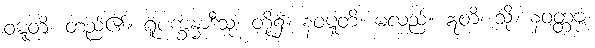
ဝဋ္ဋတိ၊ တည်၏။ ရူပက္ခန္ဓာဒီသု၊ တို့၌။ နဝဋ္ဋတိ၊ မလည်။ ဣတိ၊ သို့။ နဝတ္တဗ္ဗံ၊